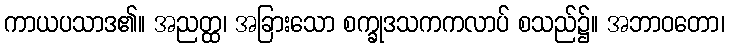
ကာယပသာဒ၏။ အညတ္ထ၊ အခြားသော စက္ခုဒသကကလာပ် စသည်၌။ အဘာဝတော၊